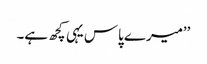
’’میرے پاس یہی کچھ ہے۔